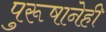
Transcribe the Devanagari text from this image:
पुरूषानेही